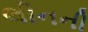
લીનની